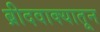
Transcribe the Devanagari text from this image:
ब्रीदवाक्यातून